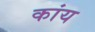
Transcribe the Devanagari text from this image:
कांय